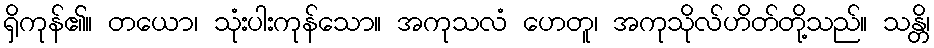
ရှိကုန်၏။ တယော၊ သုံးပါးကုန်သော။ အကုသလံ ဟေတူ၊ အကုသိုလ်ဟိတ်တို့သည်။ သန္တိ၊